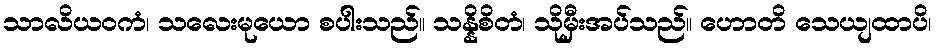
သာလိယဝကံ၊ သလေးမုယော စပါးသည်။ သန္နိစိတံ၊ သိုမှီးအပ်သည်။ ဟောတိ သေယျထာပိ၊